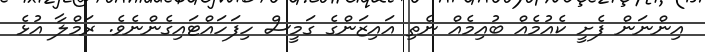
އިންނަން ފެށީ ކެއުމެއް ބުއިމެއް ނެތި އައިޒަންގެ ގަމީސް ހިފަހައްޓައިގެންނެވެ. ރަމްލާ އުޅެ